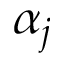
\alpha _ { j }